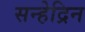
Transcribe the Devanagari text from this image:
सन्हेद्रिन